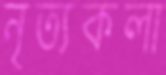
নৃত্যকলা